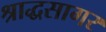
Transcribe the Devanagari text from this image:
श्राद्धसागर